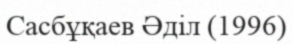
Сасбұқаев Әділ (1996)